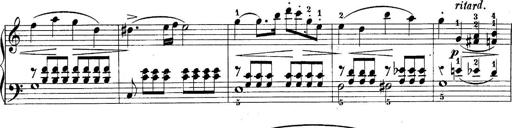
Title: 10 Sonatines progressives
Composer: Anton Schmoll